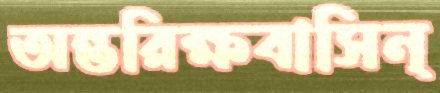
অন্তরিক্ষবাসিন্